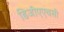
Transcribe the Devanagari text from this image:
डिजीएएचसी